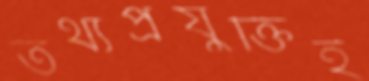
তথ্যপ্রযুক্তিই